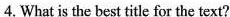
4.What is the best title for the text?